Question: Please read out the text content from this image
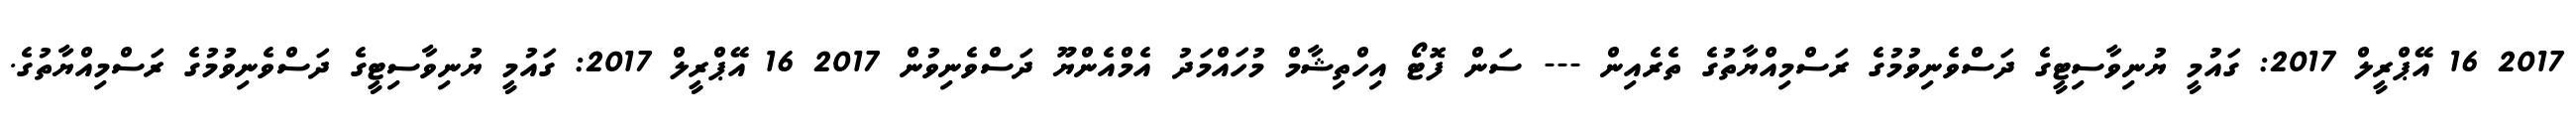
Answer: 2017 16 އޭޕްރީލް 2017: ގައުމީ ޔުނިވާސިޓީގެ ދަސްވެނިވުމުގެ ރަސްމިއްޔާތުގެ ތެރެއިން --- ސަން ފޮޓޯ އިހްތިޝާމް މުހައްމަދު އެމްއެންޔޫ ދަސްވެނިވުން 2017 16 އޭޕްރީލް 2017: ގައުމީ ޔުނިވާސިޓީގެ ދަސްވެނިވުމުގެ ރަސްމިއްޔާތުގެ.